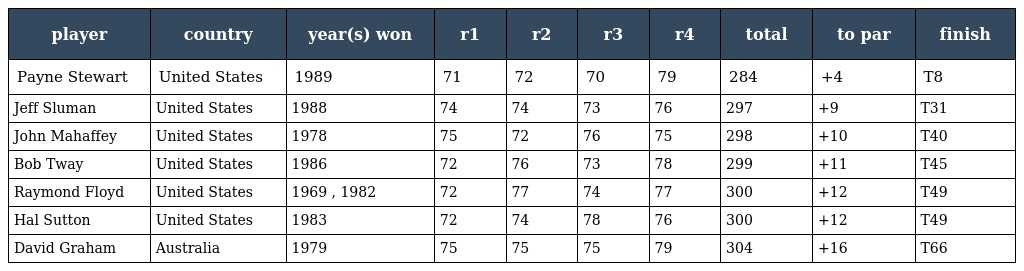
| player | country | year(s) won | r1 | r2 | r3 | r4 | total | to par | finish |
 | --- | --- | --- | --- | --- | --- | --- | --- | --- | --- |
 | Payne Stewart | United States | 1989 | 71 | 72 | 70 | 79 | 284 | +4 | T8 |
 | Jeff Sluman | United States | 1988 | 74 | 74 | 73 | 76 | 297 | +9 | T31 |
 | John Mahaffey | United States | 1978 | 75 | 72 | 76 | 75 | 298 | +10 | T40 |
 | Bob Tway | United States | 1986 | 72 | 76 | 73 | 78 | 299 | +11 | T45 |
 | Raymond Floyd | United States | 1969 , 1982 | 72 | 77 | 74 | 77 | 300 | +12 | T49 |
 | Hal Sutton | United States | 1983 | 72 | 74 | 78 | 76 | 300 | +12 | T49 |
 | David Graham | Australia | 1979 | 75 | 75 | 75 | 79 | 304 | +16 | T66 |